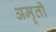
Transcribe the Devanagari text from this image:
अमृती